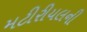
મટીરીયલની